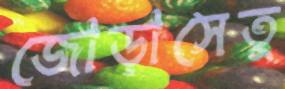
জোড়াসেতু